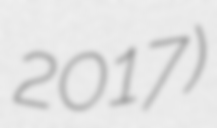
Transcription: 2017)